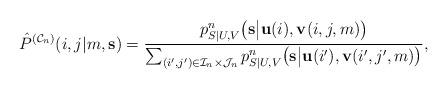
LaTeX: \begin{align*}\hat{P}^{(\mathcal{C}_n)}(i,j|m,\mathbf{s})=\frac{p^n_{S|U,V}\big(\mathbf{s}\big|\mathbf{u}(i),\mathbf{v}(i,j,m)\big)}{\sum_{(i',j')\in\mathcal{I}_n\times\mathcal{J}_n}p^n_{S|U,V}\big(\mathbf{s}\big|\mathbf{u}(i'),\mathbf{v}(i',j',m)\big)},\end{align*}